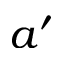
a ^ { \prime }